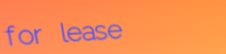
for lease